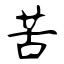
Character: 苦